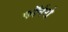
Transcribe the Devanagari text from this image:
कॉर्नरो